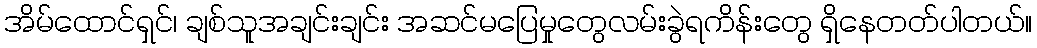
အိမ်ထောင်ရှင်၊ ချစ်သူအချင်းချင်း အဆင်မပြေမှုတွေလမ်းခွဲရကိန်းတွေ ရှိနေတတ်ပါတယ်။